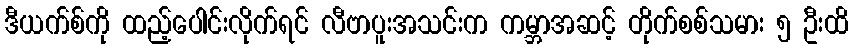
ဒီယက်စ်ကို ထည့်ပေါင်းလိုက်ရင် လီဗာပူးအသင်းက ကမ္ဘာအဆင့် တိုက်စစ်သမား ၅ ဦးထိ